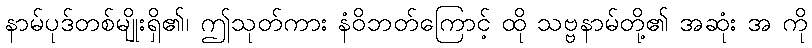
နာမ်ပုဒ်တစ်မျိုးရှိ၏၊ ဤသုတ်ကား နံဝိဘတ်ကြောင့် ထို သဗ္ဗနာမ်တို့၏ အဆုံး အ ကို